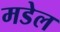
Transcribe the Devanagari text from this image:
मडेल